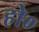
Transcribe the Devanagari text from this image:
हो०